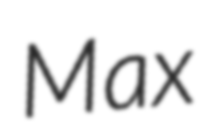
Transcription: Max